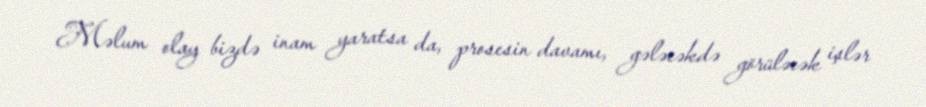
Məlum olay bizdə inam yaratsa da, prosesin davamı, gələcəkdə görüləcək işlər